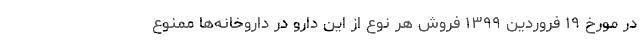
در مورخ ۱۹ فروردین ۱۳۹۹ فروش هر نوع از این دارو در داروخانه‌ها ممنوع